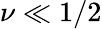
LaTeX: \nu\ll 1/2